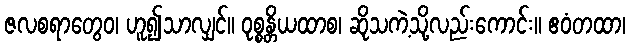
ဇလစရာတွေဝ၊ ဟူ၍သာလျှင်။ ဝုစ္စန္တိယထာစ၊ ဆိုသကဲ့သို့လည်းကောင်း။ ဧဝံတထာ၊